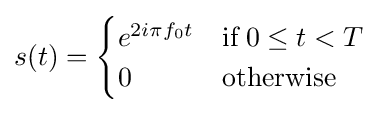
s(t)={\begin{cases}e^{2i\pi f_{0}t}&{\text{if}}\;0\leq t<T\\0&{\text{otherwise}}\end{cases}}